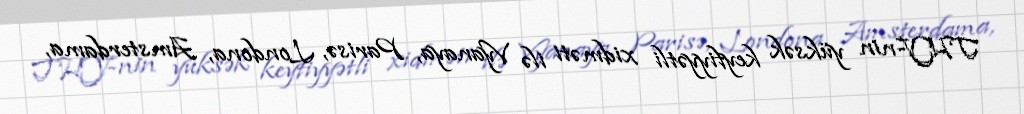
THY-nin yüksək keyfiyyətli xidməti ilə Vyanaya, Parisə, Londona, Amsterdama,